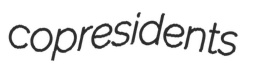
copresidents